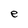
Character: e